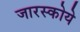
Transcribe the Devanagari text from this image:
जारस्कोये